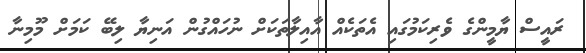
ރައީސް ޔާމީންގެ ވެރިކަމުގައި އެތަކެއް އާއިލާތަކަށް ނުހައްގުން އަނިޔާ ލިބޭ ކަމަށް މޫމިނާ